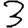
Digit: 3